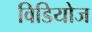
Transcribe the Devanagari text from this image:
विडियोज